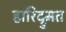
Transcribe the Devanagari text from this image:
हारिद्रुमत